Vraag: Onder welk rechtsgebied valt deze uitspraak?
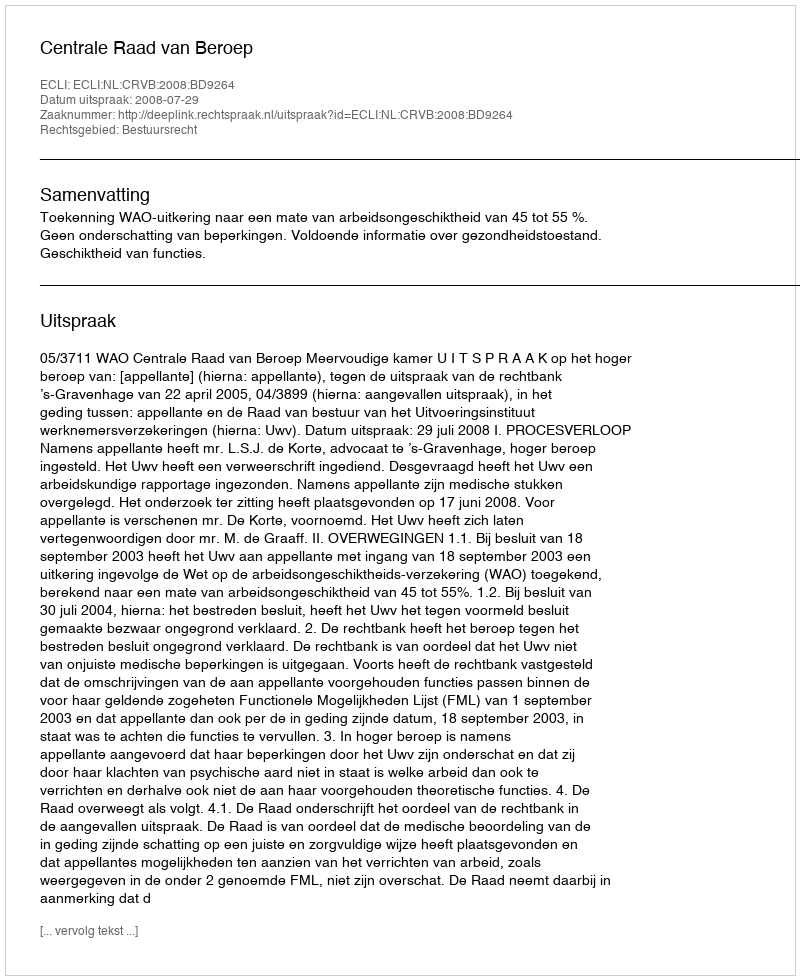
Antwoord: Bestuursrecht